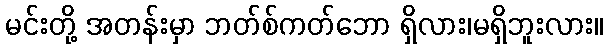
မင်းတို့ အတန်းမှာ ဘတ်စ်ကတ်ဘော ရှိလား၊မရှိဘူးလား။